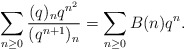
\begin{align*}\sum_{n\ge0}\frac{(q)_nq^{n^2}}{(q^{n+1})_{n}}=\sum_{n\ge0}B(n)q^n.\end{align*}